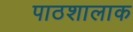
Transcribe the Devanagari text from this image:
पाठशालाक